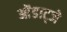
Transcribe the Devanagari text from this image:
ओंडाट्जे